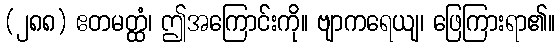
(၂၈၈) ဧတမတ္ထံ၊ ဤအကြောင်းကို။ ဗျာကရေယျ၊ ဖြေကြားရာ၏။